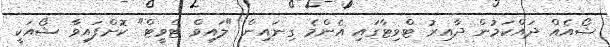
ޝޯއެއް ދައްކަމުން ދާއިރު ޓްވިޓާގައި އެންމެ ގިނައިން "ލައިވް ޓްވީޓް" ކޮށްފައިވާ ޝޯއަކީ